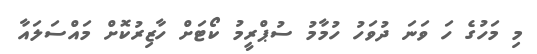
މި މަހުގެ ހަ ވަނަ ދުވަހު ހުމާމު ސުޕްރީމު ކޯޓަށް ހާޒިރުކޮށް މައްސަލައާ